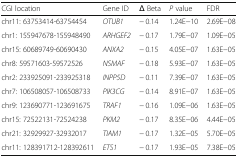
<table><thead><tr><td><b>CGI location</b></td><td><b>Gene ID</b></td><td><b>Δ Beta</b></td><td><b><i>P</i> value</b></td><td><b>FDR</b></td></tr></thead><tbody><tr><td>chr11: 63753414-63754454</td><td><i>OTUB1</i></td><td>− 0.14</td><td>1.24E−10</td><td>2.69E−08</td></tr><tr><td>chr1: 155947678-155948490</td><td><i>ARHGEF2</i></td><td>− 0.17</td><td>1.79E−07</td><td>1.09E−05</td></tr><tr><td>chr15: 60689749-60690430</td><td><i>ANXA2</i></td><td>− 0.15</td><td>4.05E−07</td><td>1.63E−05</td></tr><tr><td>chr8: 59571603-59572526</td><td><i>NSMAF</i></td><td>− 0.18</td><td>5.93E−07</td><td>1.63E−05</td></tr><tr><td>chr2: 233925091-233925318</td><td><i>INPP5D</i></td><td>− 0.11</td><td>7.39E−07</td><td>1.63E−05</td></tr><tr><td>chr7: 106508057-106508733</td><td><i>PIK3CG</i></td><td>− 0.14</td><td>8.91E−07</td><td>1.63E−05</td></tr><tr><td>chr9: 123690771-123691675</td><td><i>TRAF1</i></td><td>− 0.16</td><td>1.09E−06</td><td>1.63E−05</td></tr><tr><td>chr15: 72522131-72524238</td><td><i>PKM2</i></td><td>− 0.17</td><td>8.35E−06</td><td>4.44E−05</td></tr><tr><td>chr21: 32929927-32932017</td><td><i>TIAM1</i></td><td>− 0.17</td><td>1.32E−05</td><td>5.70E−05</td></tr><tr><td>chr11: 128391712-128392611</td><td><i>ETS1</i></td><td>− 0.17</td><td>1.93E−05</td><td>7.38E−05</td></tr></tbody></table>